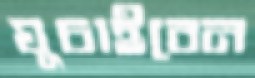
ঘুচাইবেন